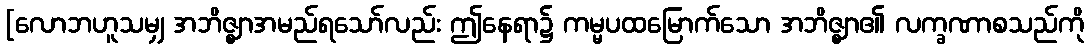
[လောဘဟူသမျှ အဘိဇ္ဈာအမည်ရသော်လည်း ဤနေရာ၌ ကမ္မပထမြောက်သော အဘိဇ္ဈာ၏ လက္ခဏာစသည်ကို